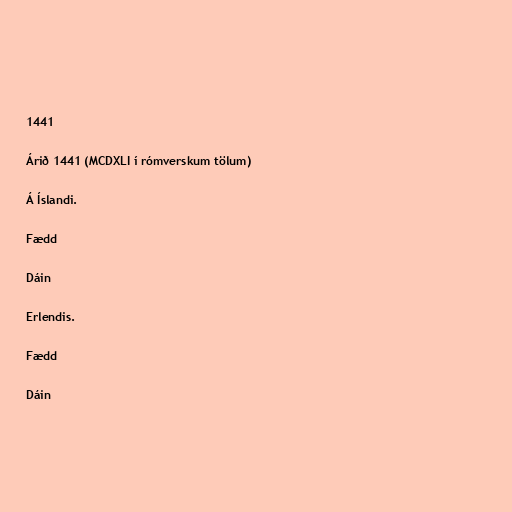
1441

Árið 1441 (MCDXLI í rómverskum tölum)

Á Íslandi.

Fædd

Dáin

Erlendis.

Fædd

Dáin